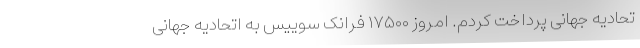
تحادیه جهانی پرداخت کردم. امروز ۱۷۵۰۰ فرانک سوییس به اتحادیه جهانی